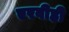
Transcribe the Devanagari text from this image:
एरवीही